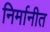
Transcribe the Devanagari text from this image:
निर्मानीत